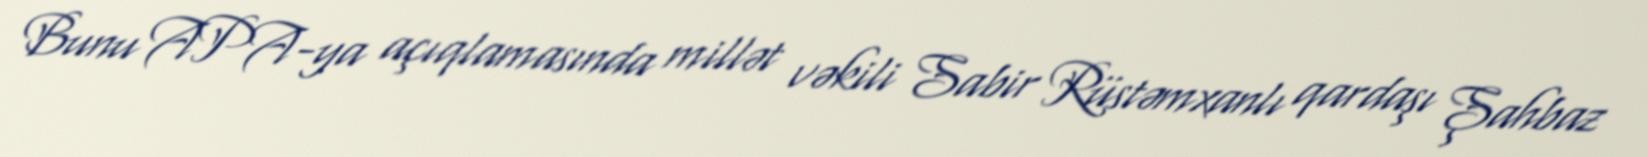
Bunu APA-ya açıqlamasında millət vəkili Sabir Rüstəmxanlı qardaşı Şahbaz